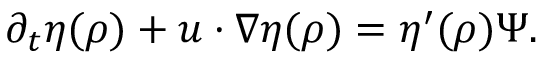
\partial _ { t } \eta ( \rho ) + u \cdot \nabla \eta ( \rho ) = \eta ^ { \prime } ( \rho ) \Psi .